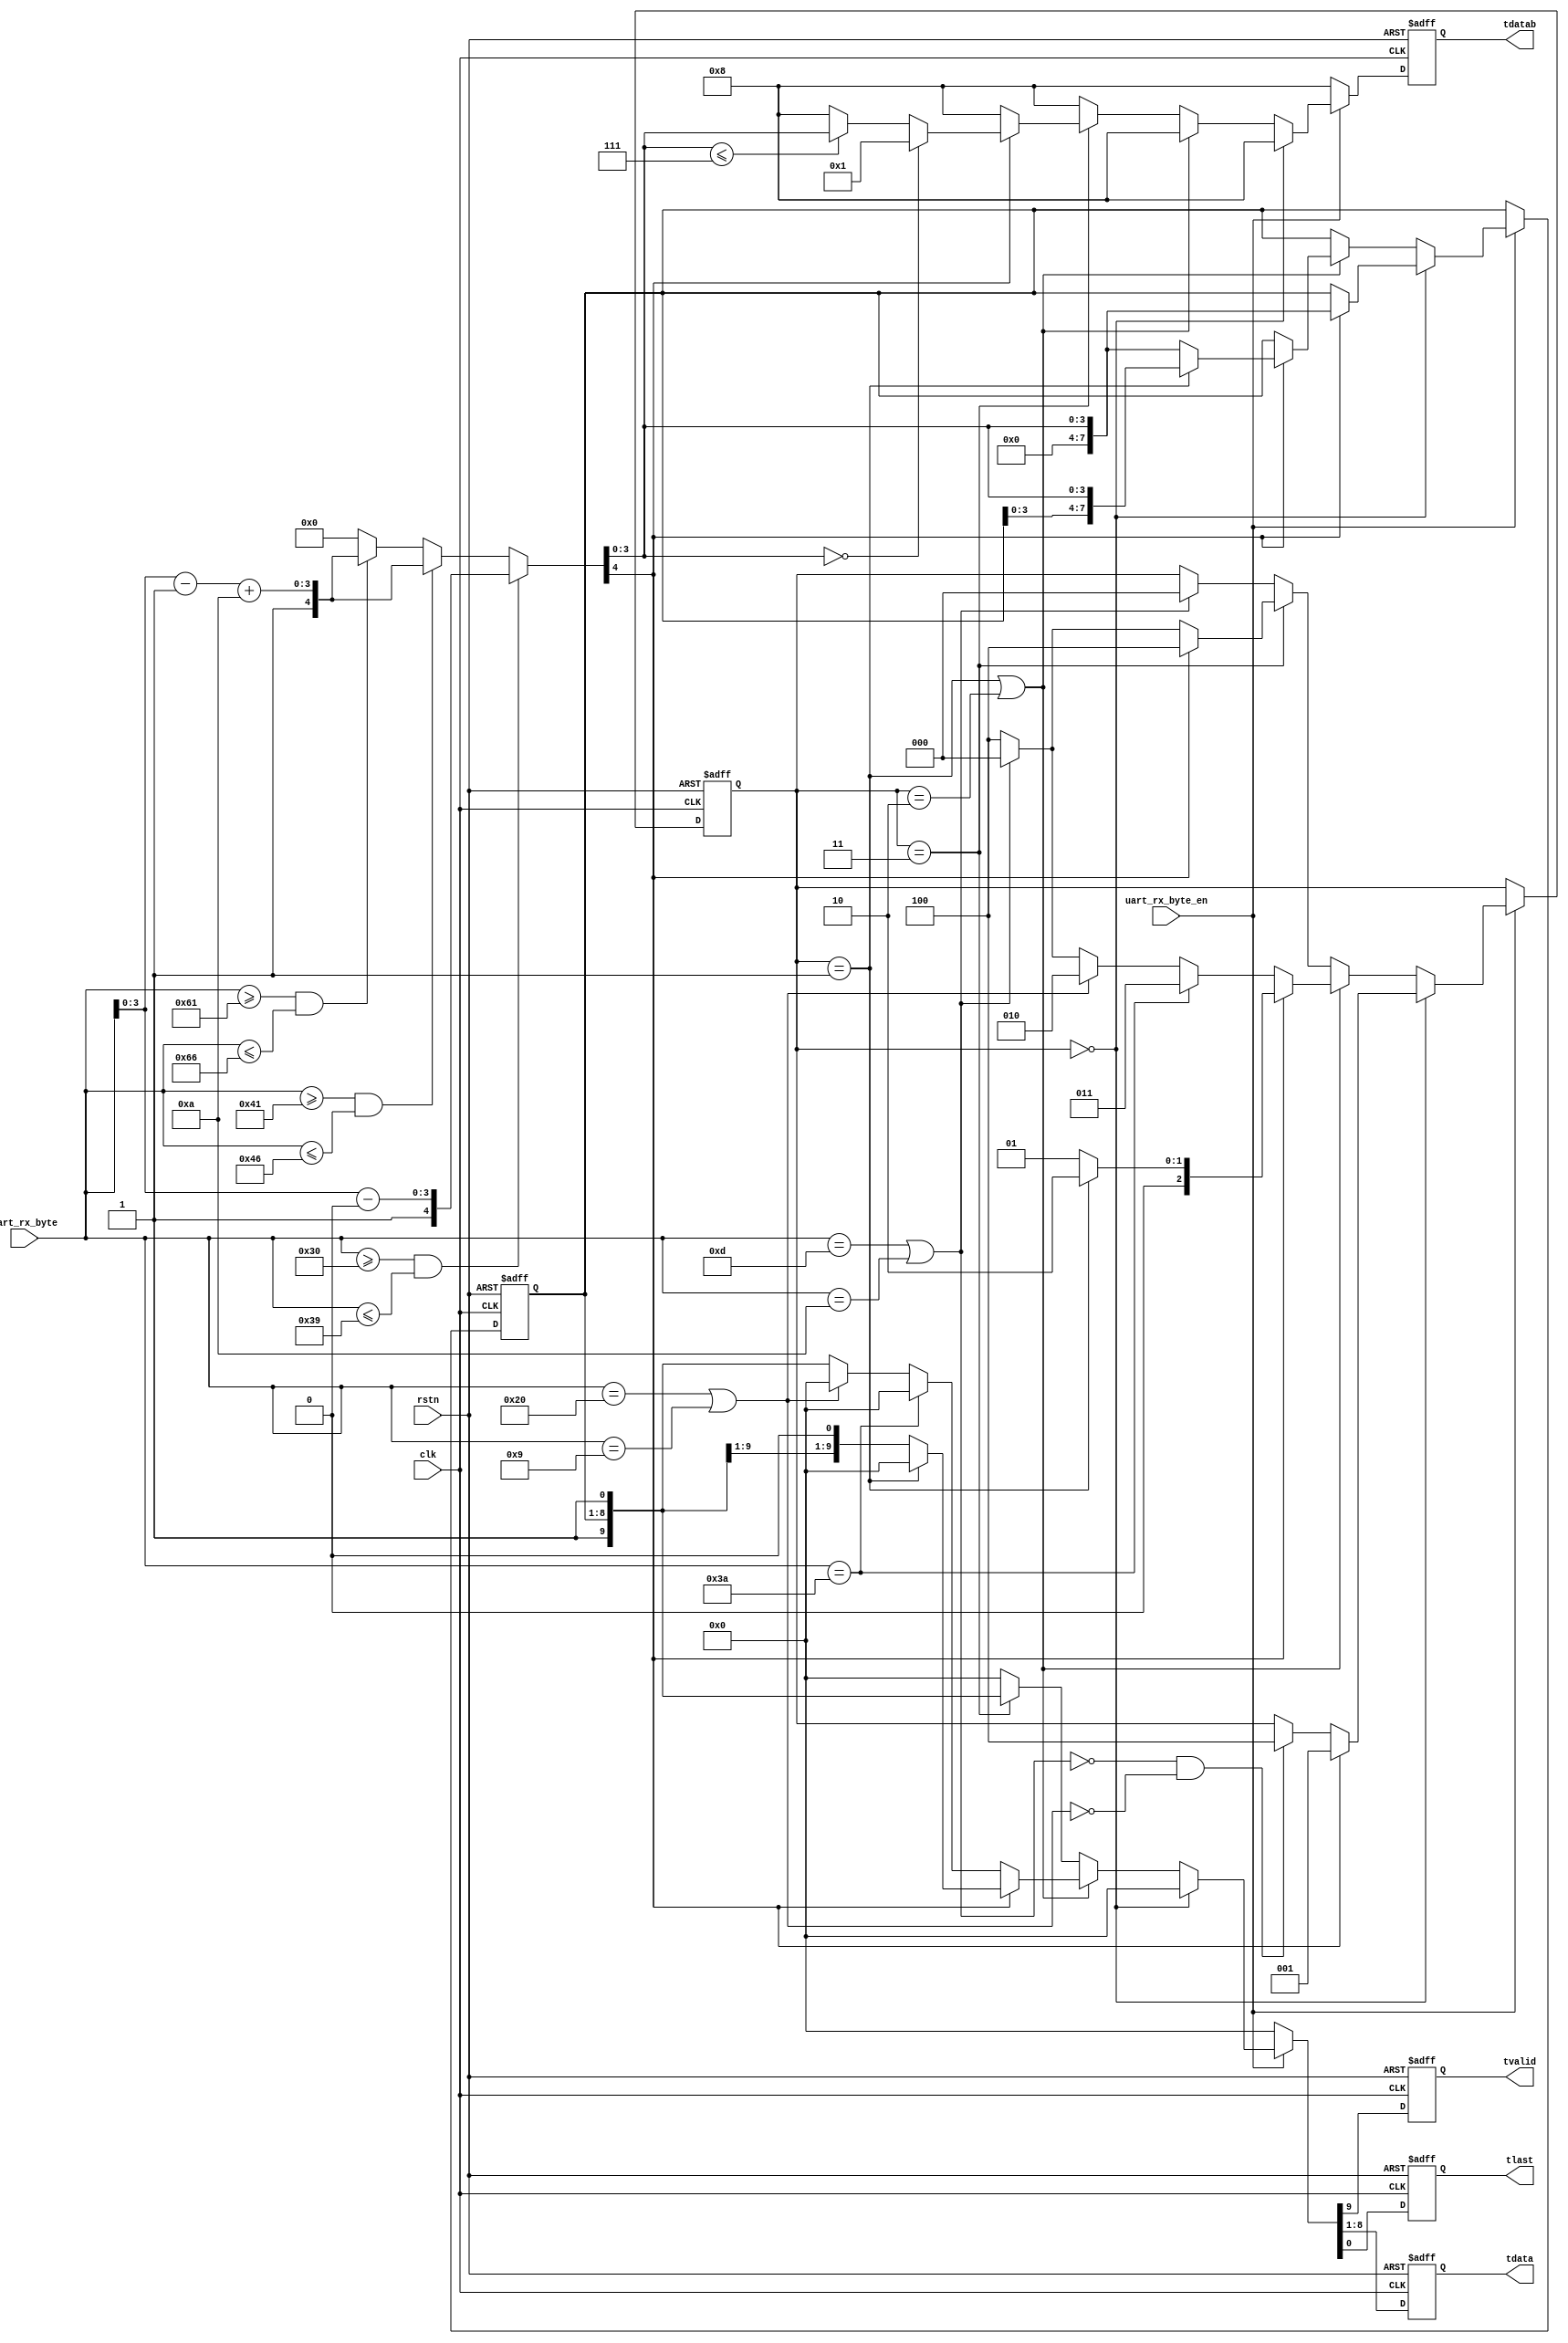
/**
    ASCIIhex
    A8h30, ASCII4h0A
    hex
*/

module uart_rx_parser (
    input       rstn,
    input       clk,

    // uart rx bytes input
    input       uart_rx_byte_en,
    input [7:0] uart_rx_byte,

    // parsed byte stream
    output reg       tvalid,
    output reg [7:0] tdata,
    output reg [3:0] tdatab,
    output reg       tlast
);

initial {tvalid, tdata, tdatab, tlast} = 0;

localparam [7:0] CHAR_0     = 8'h30,    // "0", ASCII
                 CHAR_9     = 8'h39,    // "9"
                 CHAR_A     = 8'h41,    // "A"
                 CHAR_F     = 8'h46,    // "F"
                 CHAR_a     = 8'h61,    // "a"
                 CHAR_f     = 8'h66,    // "f"
                 CHAR_ht    = 8'h09,    // "\t"
                 CHAR_sp    = 8'h20,    // " "
                 CHAR_cr    = 8'h0D,    // "\r"
                 CHAR_lf    = 8'h0A,    // "\n"
                 CHAR_cl    = 8'h3A;    // ":"

/*
    ASCII09AaFf
    asciiasciihex
*/

function  [4:0] ascii2hex;   // Convert ASCII characters to hexadecimal numbers
    input [7:0] ascii;
    reg   [7:0] tmp;
begin
    if          (ascii >= CHAR_0 && ascii <= CHAR_9) begin
        tmp = ascii - CHAR_0;
        ascii2hex = {1'b1, tmp[3:0]};
    end else if (ascii >= CHAR_A && ascii <= CHAR_F) begin
        tmp = ascii - CHAR_A + 8'd10;
        ascii2hex = {1'b1, tmp[3:0]};
    end else if (ascii >= CHAR_a && ascii <= CHAR_f) begin
        tmp = ascii - CHAR_a + 8'd10;
        ascii2hex = {1'b1, tmp[3:0]};
    end else begin
        tmp = ascii;
        ascii2hex = {1'b0, 4'h0};
    end
end
endfunction

wire ishex;
wire isspace = (uart_rx_byte == CHAR_sp) || (uart_rx_byte == CHAR_ht);  // space
wire iscrlf  = (uart_rx_byte == CHAR_cr) || (uart_rx_byte == CHAR_lf);  // 
wire iscolon = (uart_rx_byte == CHAR_cl);                               // 

wire [3:0] hexvalue;
assign {ishex, hexvalue} = ascii2hex(uart_rx_byte);

localparam [2:0] INIT   = 3'd0,
                 HEXH   = 3'd1,
                 HEXL   = 3'd2,
                 LASTB  = 3'd3,
                INVALID = 3'd4;
reg [2:0] fsm = INIT;

reg [7:0] savedata = 0;

//-------------------------------------------------------------
//              Main FSM : Mealy                              |
//-------------------------------------------------------------
always @(posedge clk or negedge rstn)
    if(~rstn) begin
        {tvalid, tdata, tdatab, tlast} <= 0;
        fsm <= INIT;
        savedata <= 0;
    end else begin
        {tvalid, tdata, tlast} <= 0;
        tdatab <= 4'd8;                 // 18

        if(uart_rx_byte_en) begin       // uart_rx.v
            
            //INIT
            if (fsm == INIT) begin
                if(ishex) begin         // HEXHhex
                    savedata <= {4'h0, hexvalue};
                    fsm      <= HEXH;
                end else if(~iscrlf & ~isspace) begin // INITINVALID
                    fsm      <= INVALID;
                end
            
            // HEXH/HEXL
            end else if(fsm == HEXH || fsm == HEXL) begin   // HEXH
                if(ishex) begin         // 
                    if(fsm == HEXH) begin
                        savedata <= {savedata[3:0], hexvalue}; // 416HEXL
                        fsm      <= HEXL;
                    end else begin      // HEXL
                        {tvalid, tdata, tlast} <= {1'b1, savedata, 1'b0}; // 
                        savedata <= {4'h0, hexvalue};                     // 
                        fsm <= HEXH;                                      // HEXH
                    end
                end

                else if (iscolon) begin// LASTB
                    fsm <= LASTB;
                end else if (isspace) begin// HEXL
                    fsm <= HEXL;
                end else if (iscrlf) begin  // INIT
                    {tvalid, tdata, tlast} <= {1'b1, savedata, 1'b1};
                    fsm <= INIT;
                end else begin              // INVALID
                    {tvalid, tdata, tlast} <= {1'b1, savedata, 1'b1};
                    fsm <= INVALID;
                end

            // LASTB
            end else if(fsm == LASTB) begin         // 
                if (ishex) begin // 1
                    {tvalid, tdata, tlast} <= {1'b1, savedata, 1'b1};       // hexvaluedatab1~7

                    if (hexvalue == 4'd0)       // 0
                        tdatab <= 4'd1;
                    else if (hexvalue <= 4'd7)  // 1~7
                        tdatab <= hexvalue;
                    fsm <= INVALID;

                end else if(iscrlf) begin   // INIT
                    {tvalid, tdata, tlast} <= {1'b1, savedata, 1'b1};
                    fsm <= INIT;

                end else begin
                    {tvalid, tdata, tlast} <= {1'b1, savedata, 1'b1};
                    fsm <= INVALID;
                end

            // INVALID
            end else if (iscrlf) begin      // INVALIDINIT
                fsm <= INIT;
            end

        end

    end
endmodule